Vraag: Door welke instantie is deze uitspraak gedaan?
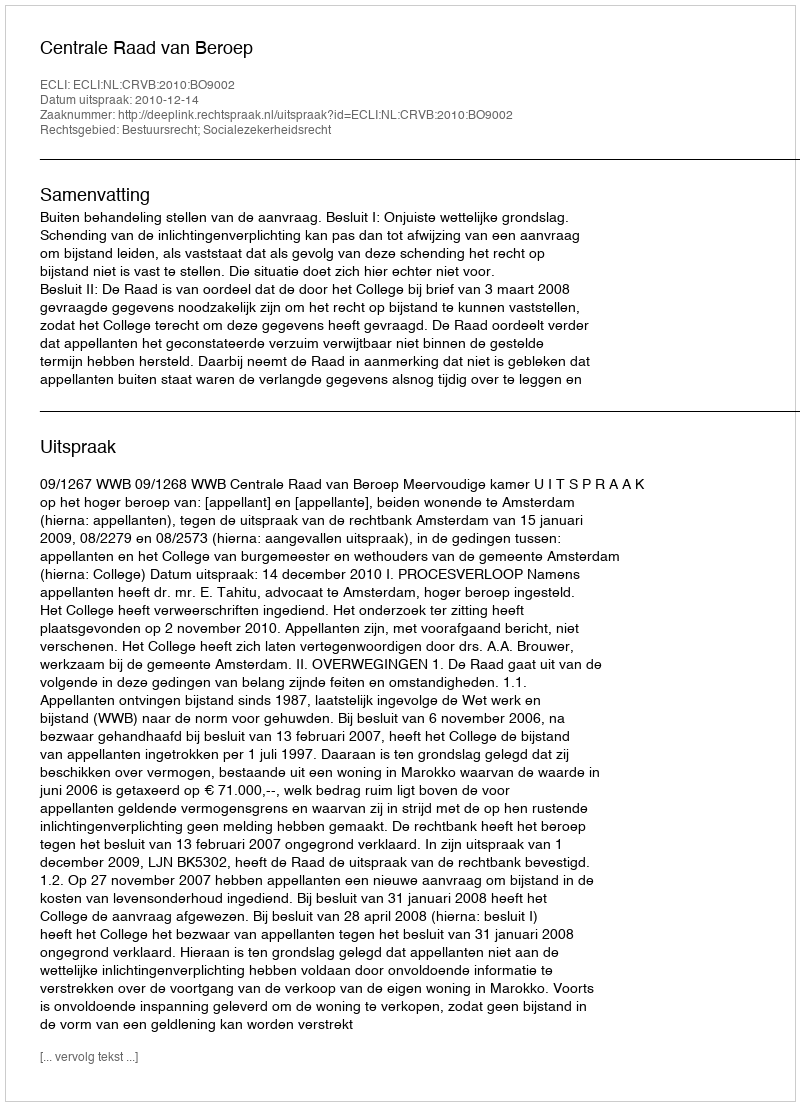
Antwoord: Centrale Raad van Beroep